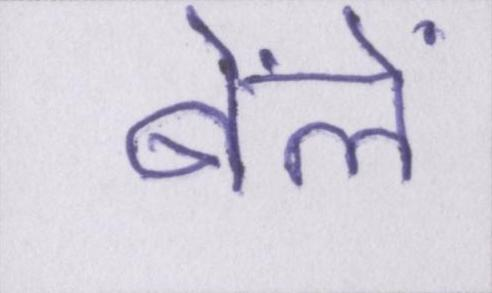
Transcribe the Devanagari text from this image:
बेंलें